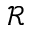
{ \mathcal R }